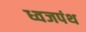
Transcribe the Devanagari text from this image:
ध्वजपंथ